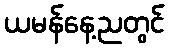
ယမန်နေ့ညတွင်